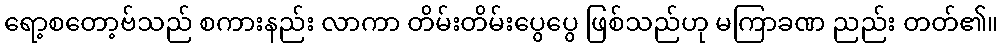
ရော့စတော့ဗ်သည် စကားနည်း လာကာ တိမ်းတိမ်းပွေပွေ ဖြစ်သည်ဟု မကြာခဏ ညည်း တတ်၏။